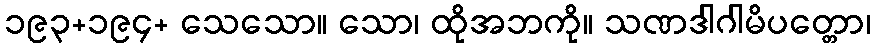
၁၉၃+၁၉၄+ သေသော။ သော၊ ထိုအဘကို။ သဏဒါဂါမိပတ္တော၊